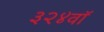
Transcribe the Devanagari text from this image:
३२४वॉ